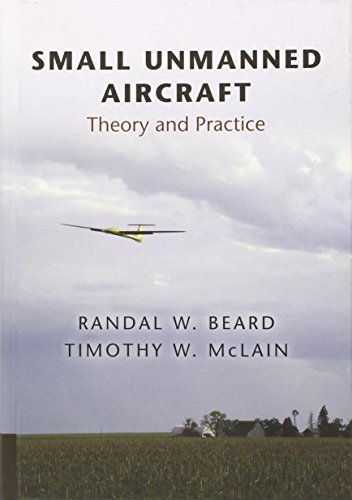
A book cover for Small Unmanned Aircraft: Theory and Practice; Randal W. Beard; Science & Math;